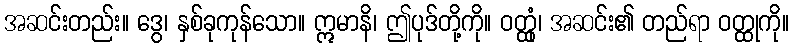
အဆင်းတည်း။ ဒွေ၊ နှစ်ခုကုန်သော။ ဣမာနိ၊ ဤပုဒ်တို့ကို။ ဝတ္ထုံ၊ အဆင်း၏ တည်ရာ ဝတ္ထုကို။